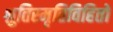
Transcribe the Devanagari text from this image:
श्रुतिस्मृतिविहितो